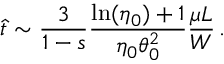
\hat { t } \sim \frac { 3 } { 1 - s } \frac { \ln ( \eta _ { 0 } ) + 1 } { \eta _ { 0 } \theta _ { 0 } ^ { 2 } } \frac { \mu L } { W } \, .